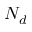
N _ { d }